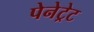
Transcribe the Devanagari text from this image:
पेनेट्रेट